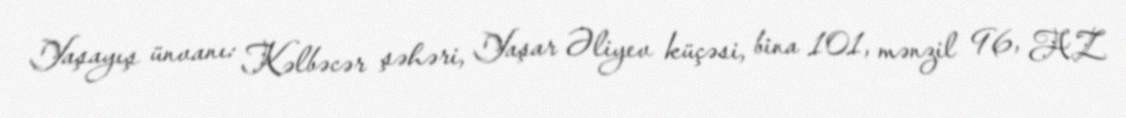
Yaşayış ünvanı: Kəlbəcər şəhəri, Yaşar Əliyev küçəsi, bina 101, mənzil 96, AZ